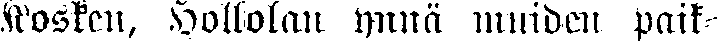
Kosken, Hollolan ynnä muiden paik-